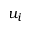
u _ { i }